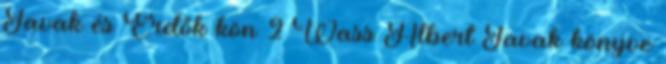
Tavak és Erdők kön 2 Wass Albert Tavak könyve